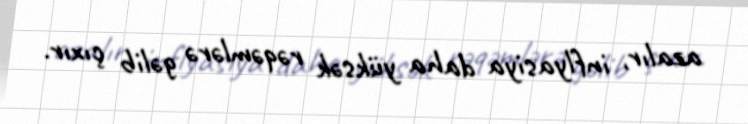
azalır, inflyasiya daha yüksək rəqəmlərə gəlib çıxır.